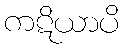
ကဋိယာပိ